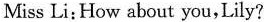
Miss Li:How about you,Lily?